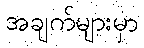
အချက်များမှာ